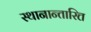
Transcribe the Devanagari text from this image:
स्थानान्तारित्त